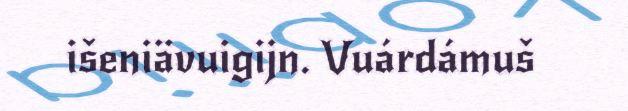
išeniävuigijn. Vuárdámuš